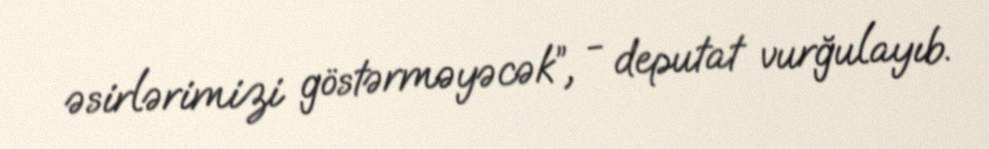
əsirlərimizi göstərməyəcək”, - deputat vurğulayıb.